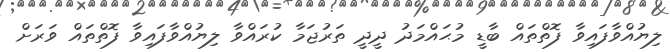
ލިޔުއްވާފައިވާ ފޮތްތައް ބާޑީ މުޙައްމަދު ދީދީ ތަރުޖަމާ ކުރައްވާ ލިޔުއްވާފައިވާ ފޮތްތައް ވަރަށް